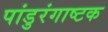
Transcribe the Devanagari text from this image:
पांडुरंगाष्टक